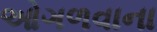
ઓગળવાના